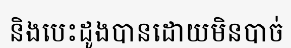
និងបេះដូងបានដោយមិនបាច់